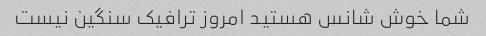
شما خوش شانس هستید امروز ترافیک سنگین نیست